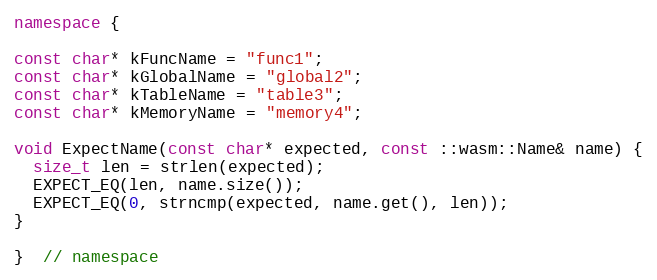
Language: C++
namespace {

const char* kFuncName = "func1";
const char* kGlobalName = "global2";
const char* kTableName = "table3";
const char* kMemoryName = "memory4";

void ExpectName(const char* expected, const ::wasm::Name& name) {
  size_t len = strlen(expected);
  EXPECT_EQ(len, name.size());
  EXPECT_EQ(0, strncmp(expected, name.get(), len));
}

}  // namespace